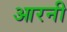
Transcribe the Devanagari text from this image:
आरनी